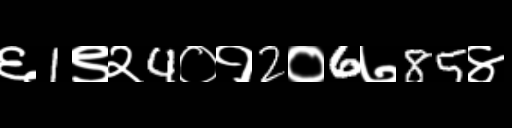
Text: ६1९२4०१2०6७85४